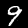
Label: 9